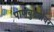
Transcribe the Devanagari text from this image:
पाणबुड्यांवर